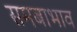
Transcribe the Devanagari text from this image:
समबाभाव